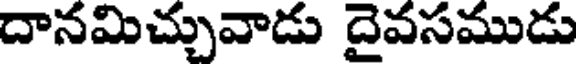
దానమిచ్చువాడు దైవసముడు